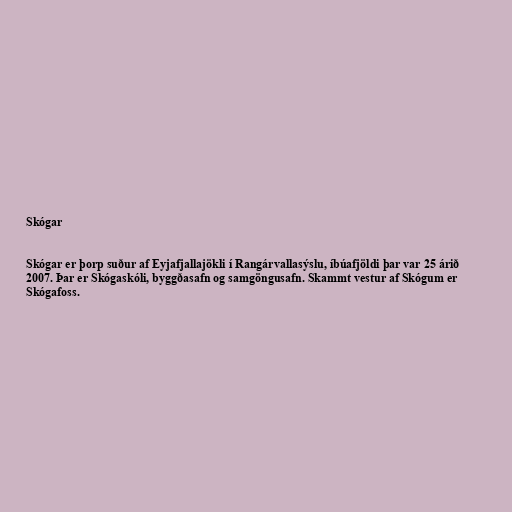
Skógar

Skógar er þorp suður af Eyjafjallajökli í Rangárvallasýslu, íbúafjöldi þar var 25 árið
2007. Þar er Skógaskóli, byggðasafn og samgöngusafn. Skammt vestur af Skógum er
Skógafoss.